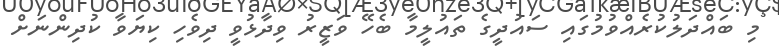
މި ބައްދަލުކުރެއްވުމުގައި ސައުދީގެ ތައުލީމާ ބެހޭ ވަޒީރު ވިދާޅުވީ ދިވެހި ކިޔަވާ ކުދިންނަށް